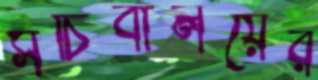
সচিবালয়ের